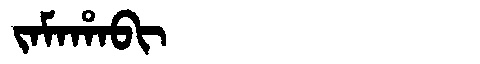
Manchu: ᠵᠠᠮᠠᡥᠠᠪᡳ
Romanization: JAMAHABI